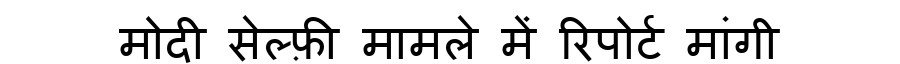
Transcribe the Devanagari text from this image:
मोदी सेल्फ़ी मामले में रिपोर्ट मांगी